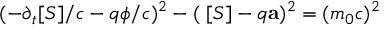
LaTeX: ( - \partial _ { t } [ S ] / c - q \phi / c ) ^ { 2 } - ( \mathbf { \nabla } [ S ] - q \mathbf { a } ) ^ { 2 } = ( m _ { 0 } c ) ^ { 2 }